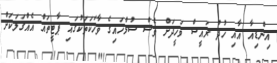
އިންޑިއާ އާއި ހުދު ރައީސް ވަހީދަށް ވެސް ސުލްހައިގެ ވާހަކަތަކުގައި ޕާޓީތައް އެއްގަލަކަށް